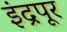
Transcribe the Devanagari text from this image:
इंद्रपूर